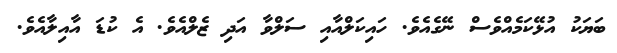
ބަޔަކު އުޅޭކަމެއްވެސް ނޭގެއެވެ. ހައިކަލްއާއި ސަލްވާ އަދި ޒެލްއެވެ. އެ ކުޑަ އާއިލާއެވެ.